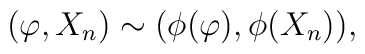
(\varphi, X_{n}) \sim (\phi(\varphi),\phi(X_{n})),